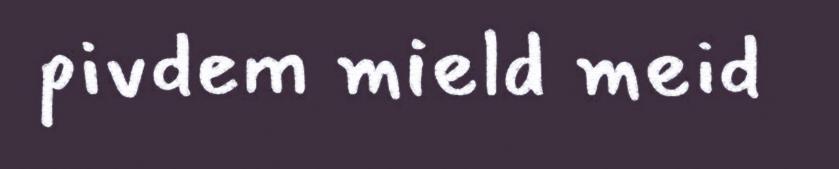
pivdem mield meid